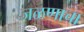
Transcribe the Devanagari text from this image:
जळणाचा